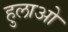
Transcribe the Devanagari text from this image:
हुलाओ